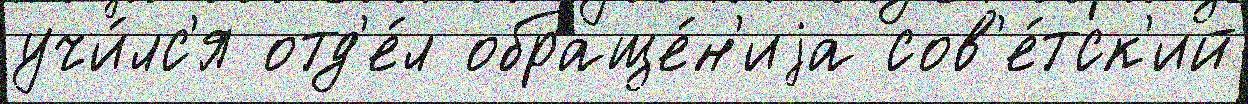
учи́лс'я отд'е́л обраще́н'иjа сов'е́тск'ий